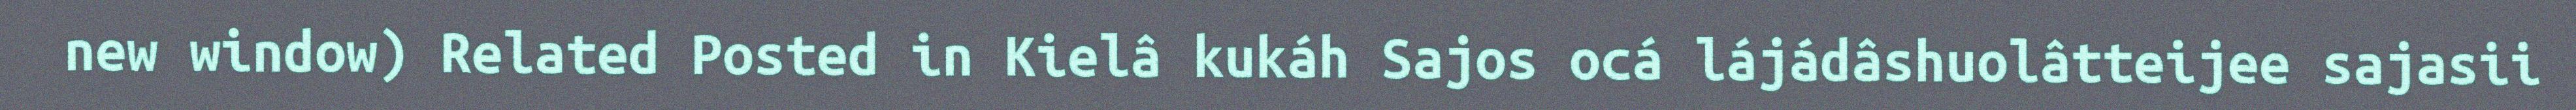
new window) Related Posted in Kielâ kukáh Sajos ocá lájádâshuolâtteijee sajasii